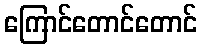
ကြောင်တောင်တောင်